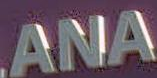
ANA